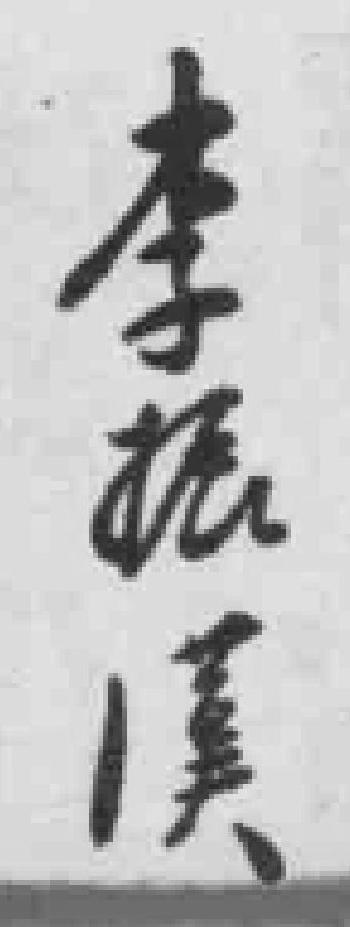
李振漢